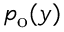
p _ { \mathrm { o } } ( y )